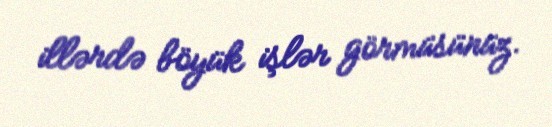
illərdə böyük işlər görmüsünüz.